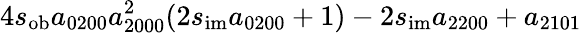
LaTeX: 4s_{\mathrm{ob}}a_{0200}a_{2000}^{2}(2s_{\mathrm{im}}a_{0200}+1)-2s_{\mathrm{im}}a_{2200}+a_{2101}